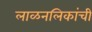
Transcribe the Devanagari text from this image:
लाळनलिकांची